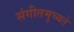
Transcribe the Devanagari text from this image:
संगीतमुच्यते